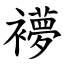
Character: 䙦